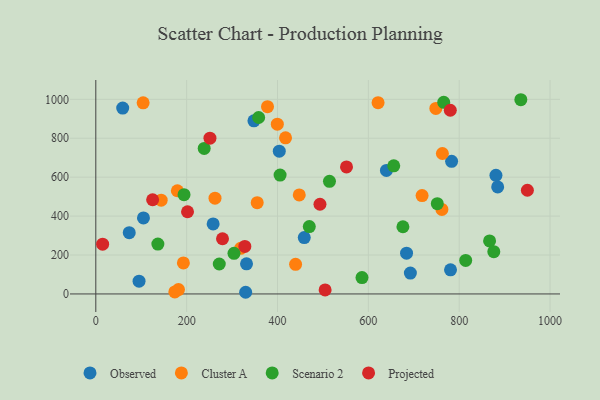
{"axis": {"x": "Ad Spend", "y": "Demand"}, "legend": ["Cluster A", "Observed", "Projected", "Scenario 2"], "data": [{"x": "331.8", "y": 154.7, "type": "Observed"}, {"x": "458.9", "y": 289.7, "type": "Observed"}, {"x": "59.2", "y": 955.0, "type": "Observed"}, {"x": "104.9", "y": 390.8, "type": "Observed"}, {"x": "258.3", "y": 359.6, "type": "Observed"}, {"x": "348.1", "y": 889.7, "type": "Observed"}, {"x": "884.7", "y": 550.1, "type": "Observed"}, {"x": "880.9", "y": 609.7, "type": "Observed"}, {"x": "73.6", "y": 314.9, "type": "Observed"}, {"x": "783.3", "y": 681.2, "type": "Observed"}, {"x": "684.1", "y": 209.3, "type": "Observed"}, {"x": "329.9", "y": 8.6, "type": "Observed"}, {"x": "780.9", "y": 124.2, "type": "Observed"}, {"x": "95.2", "y": 65.5, "type": "Observed"}, {"x": "403.9", "y": 733.6, "type": "Observed"}, {"x": "692.5", "y": 107.1, "type": "Observed"}, {"x": "639.8", "y": 634.7, "type": "Observed"}, {"x": "355.3", "y": 468.8, "type": "Cluster A"}, {"x": "262.4", "y": 492.3, "type": "Cluster A"}, {"x": "621.4", "y": 982.5, "type": "Cluster A"}, {"x": "761.9", "y": 434.1, "type": "Cluster A"}, {"x": "417.7", "y": 802.1, "type": "Cluster A"}, {"x": "318.9", "y": 234.5, "type": "Cluster A"}, {"x": "143.9", "y": 481.7, "type": "Cluster A"}, {"x": "179.5", "y": 530.3, "type": "Cluster A"}, {"x": "748.6", "y": 953.3, "type": "Cluster A"}, {"x": "182.0", "y": 22.7, "type": "Cluster A"}, {"x": "173.9", "y": 10.3, "type": "Cluster A"}, {"x": "399.6", "y": 872.4, "type": "Cluster A"}, {"x": "763.0", "y": 721.6, "type": "Cluster A"}, {"x": "378.0", "y": 962.4, "type": "Cluster A"}, {"x": "192.8", "y": 159.5, "type": "Cluster A"}, {"x": "447.9", "y": 508.8, "type": "Cluster A"}, {"x": "439.8", "y": 152.0, "type": "Cluster A"}, {"x": "104.2", "y": 981.9, "type": "Cluster A"}, {"x": "718.3", "y": 505.2, "type": "Cluster A"}, {"x": "935.7", "y": 997.9, "type": "Scenario 2"}, {"x": "765.9", "y": 984.3, "type": "Scenario 2"}, {"x": "271.8", "y": 153.9, "type": "Scenario 2"}, {"x": "514.4", "y": 578.6, "type": "Scenario 2"}, {"x": "304.2", "y": 208.7, "type": "Scenario 2"}, {"x": "238.6", "y": 747.6, "type": "Scenario 2"}, {"x": "470.0", "y": 346.4, "type": "Scenario 2"}, {"x": "866.9", "y": 272.3, "type": "Scenario 2"}, {"x": "676.1", "y": 345.3, "type": "Scenario 2"}, {"x": "814.3", "y": 172.4, "type": "Scenario 2"}, {"x": "655.9", "y": 658.3, "type": "Scenario 2"}, {"x": "876.2", "y": 217.3, "type": "Scenario 2"}, {"x": "136.6", "y": 256.2, "type": "Scenario 2"}, {"x": "586.0", "y": 84.3, "type": "Scenario 2"}, {"x": "405.7", "y": 610.9, "type": "Scenario 2"}, {"x": "751.8", "y": 463.7, "type": "Scenario 2"}, {"x": "194.2", "y": 510.1, "type": "Scenario 2"}, {"x": "358.5", "y": 906.7, "type": "Scenario 2"}, {"x": "125.1", "y": 484.1, "type": "Projected"}, {"x": "551.9", "y": 652.5, "type": "Projected"}, {"x": "493.5", "y": 460.9, "type": "Projected"}, {"x": "504.8", "y": 20.9, "type": "Projected"}, {"x": "201.9", "y": 422.2, "type": "Projected"}, {"x": "15.0", "y": 255.9, "type": "Projected"}, {"x": "278.9", "y": 283.5, "type": "Projected"}, {"x": "950.1", "y": 532.8, "type": "Projected"}, {"x": "780.4", "y": 943.7, "type": "Projected"}, {"x": "251.3", "y": 800.1, "type": "Projected"}, {"x": "328.1", "y": 244.1, "type": "Projected"}]}